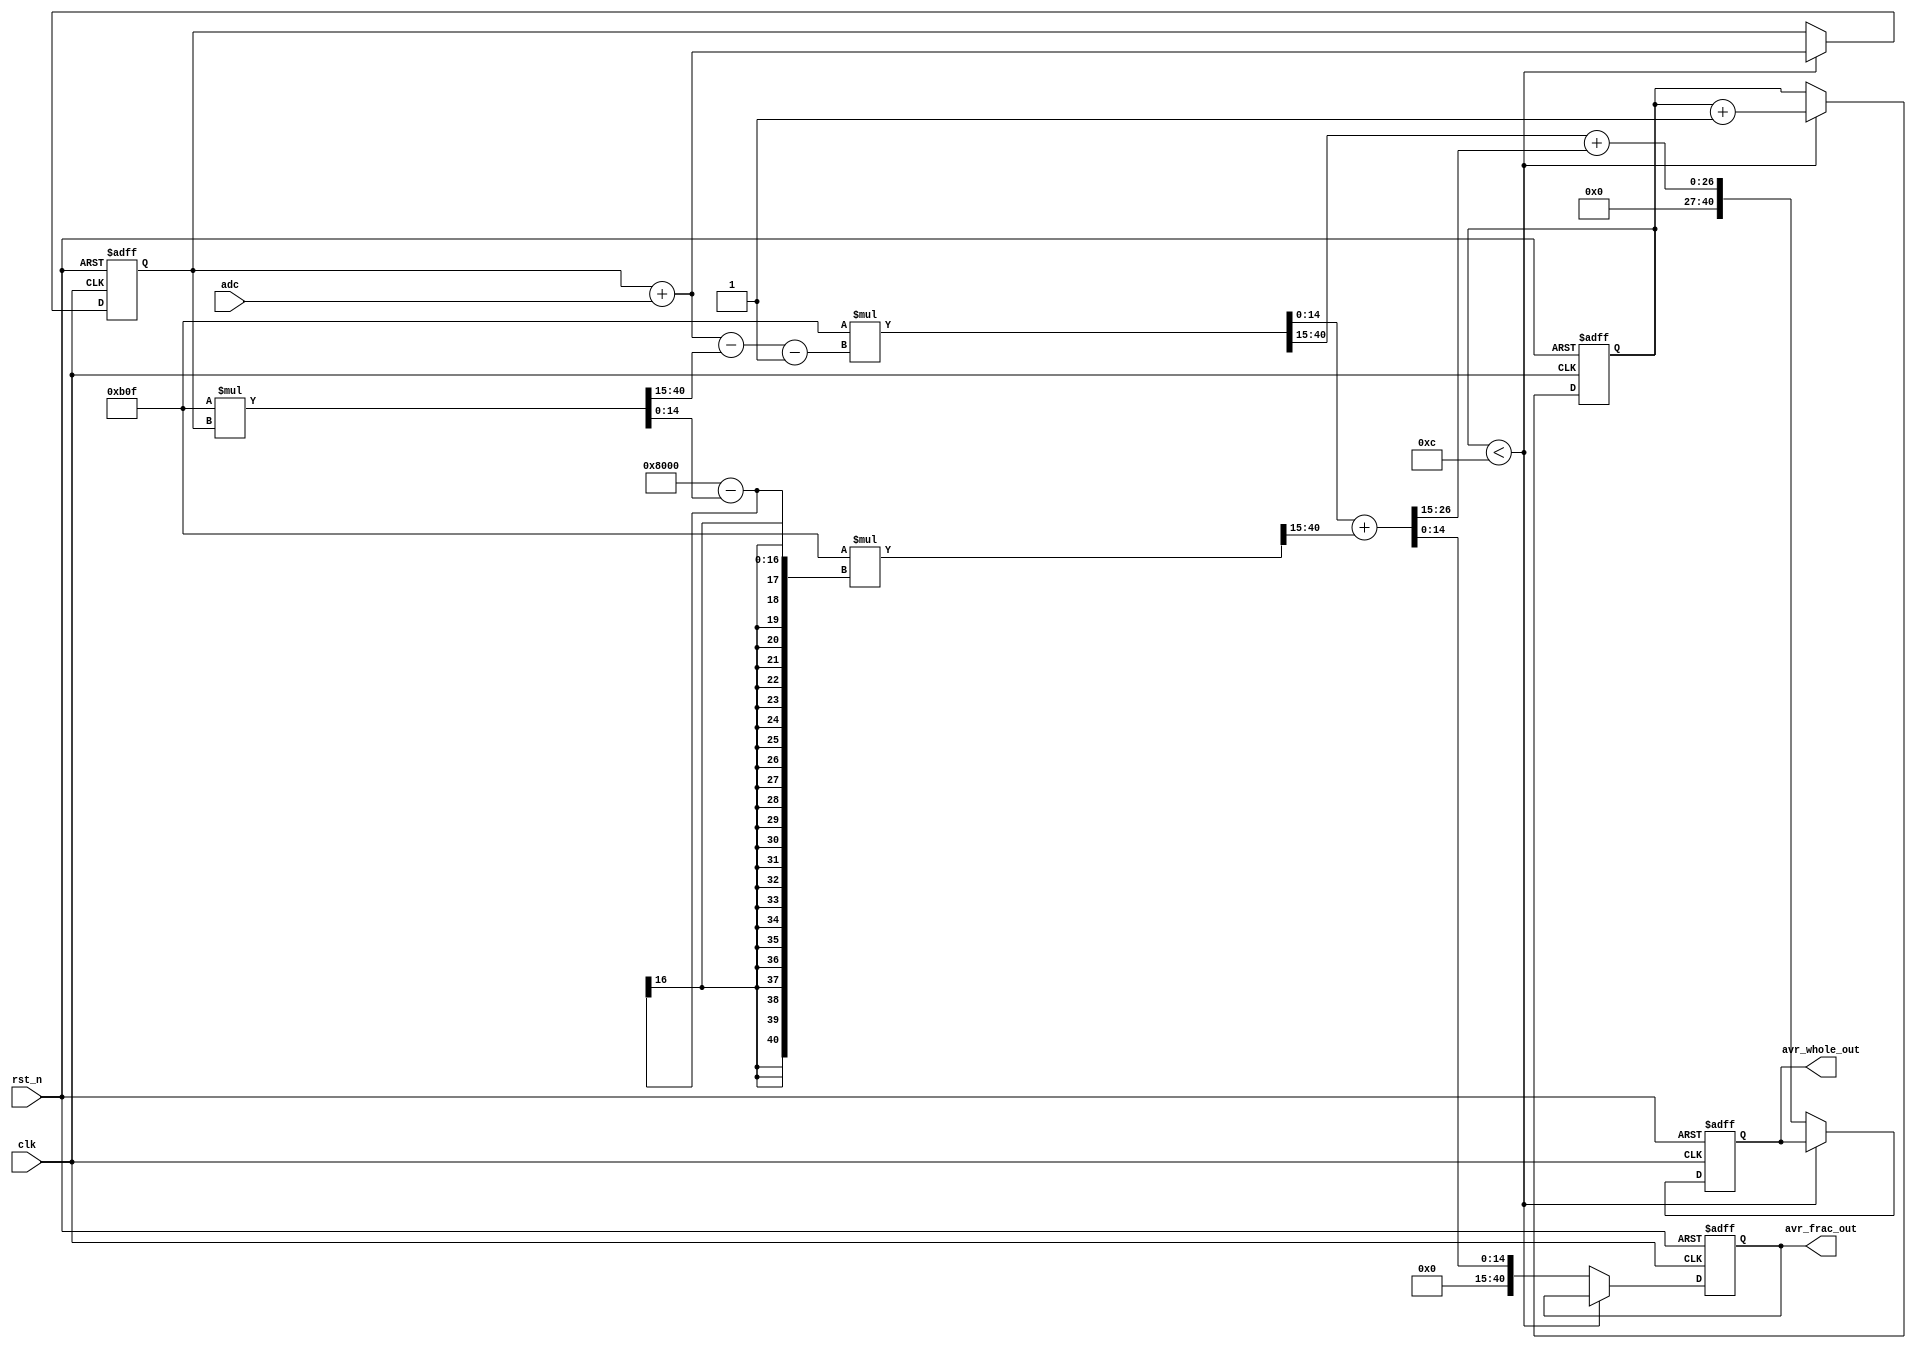
//----------------------------------------------------
// Daria Pankova Tue Feb 16 15:45:00 EST 2016
// FIR_avr.v
// FIR average of last ten values using lpm_mult
//-----------------------------------------------------

module IIR_avr
  (
   input 	clk, // clock
   input 	rst_n, // reset
   input [13:0] adc,
   output [40:0] avr_whole_out,
   output [40:0] avr_frac_out
   );

   // parameters
   localparam [3:0] N = 4'd12;
   localparam [11:0] A = 12'd2831;
   
   // variables
   reg [3:0] 	counter;
   wire [3:0] 	counter_next;
   reg [40:0] 	sum;
   reg [40:0] 	avr_whole;
   reg [40:0] 	avr_frac;	
   wire [40:0] 	mult;
   wire [40:0] 	mult_whole;
   wire [40:0] 	mult_frac;   
   reg [40:0] 	sum_frac;
   reg [40:0] 	sum_whole;
   wire [40:0] 	sum_next;
   wire [40:0] 	sum_next_whole;
   wire [40:0] 	sum_next_frac;
   wire [40:0] 	avr_next_whole;
   wire [40:0] 	avr_next_frac;
   wire [40:0] 	avr_next_whole_temp;
   wire [40:0] 	avr_next_frac_temp;  
   
   always @(posedge clk or negedge rst_n)
     begin
	if (!rst_n) // Pulse reset
	  begin
	     counter <= 4'b0;
	     sum <= 41'b0;
	     avr_frac <= 41'b0;
	     avr_whole <= 41'b0;
	     sum_frac <= 41'b0;
	     sum_whole <= 41'b0;
	  end
	else
	  begin
	     if ( counter < N )
	       begin
		  sum <= sum_next;
		  counter <= counter_next;
	       end
	     else
	       begin
		  sum_whole <= sum_next_whole;
		  sum_frac <= sum_next_frac;
		  avr_whole <= avr_next_whole;
		  avr_frac <= avr_next_frac;
	       end
	 
	  end // else: !if(!rst_n)
     end // always @ (posedge clk or negedge rst_n)

   assign counter_next = counter + 4'b1;
   assign sum_next = sum + {26'b0, adc};
   assign mult = A*sum;
   assign mult_whole = A*sum_next_whole;
   assign mult_frac = A*sum_next_frac;
   assign sum_next_whole = sum + {28'b0, adc} - (mult >> 15) - 40'b1;
   assign sum_next_frac = {26'b1, 15'b0} - {26'b0, mult[14:0]};
   assign avr_next_whole_temp = (mult_whole >> 15);
   assign avr_next_frac_temp = {26'b0, mult_whole[14:0]} + (mult_frac >> 15);
   assign avr_next_whole = avr_next_whole_temp + (avr_next_frac_temp >> 15);
   assign avr_next_frac =  avr_next_frac_temp[14:0];
   assign avr_whole_out = avr_whole;
   assign avr_frac_out =  avr_frac;
   
endmodule // IIR_avr


 /* wire [89:0] 	result_0;
   reg [44:0] dataa_0;
   reg [2:0]  coefsel0;
   reg [2:0]  coefsel3;
   reg [89:0] chainin_0;
   reg [13:0] adc_1;
   reg [13:0] adc_2;
   reg [13:0] adc_3;*/

  // Altera_mult_add init
 /*  ama_0 ama_inst_0 (
		     .result ( result_0 ), 
		     .dataa_0 ( dataa_0 ),
        	     .clock0 ( clk ), 
	             .coefsel0 ( 3'b0 )
		     );*/

   /* adc_1 <= adc;
	     adc_2 <= adc_1;
	     adc_3 <= adc_2;
	     
	  //   bavr_whole_old <= bavr_whole;
	     if ( counter < 4'd3 )
	       begin
		  dataa_0 <= {26'b0, adc};
		  counter <= counter_next;
	       end
	     else if ( counter < 4'd12 ) 
	       begin
		  dataa_0 <= {26'b0, adc};
		  counter <= counter_next;
		  bavr <= bavr_next;
	       end
	     else if ( counter < 4'd15 ) 
	       begin
		  counter <= counter_next;
		  dataa_0 <= bavr[59:15] - {31'b0, adc};  
		  bavr <= bavr_next;
	       end
	     else 
	       begin
		  dataa_0 <= bavr[59:15] - {31'b0, adc};  
		  bavr <= bavr_whole_next;
	       end*/